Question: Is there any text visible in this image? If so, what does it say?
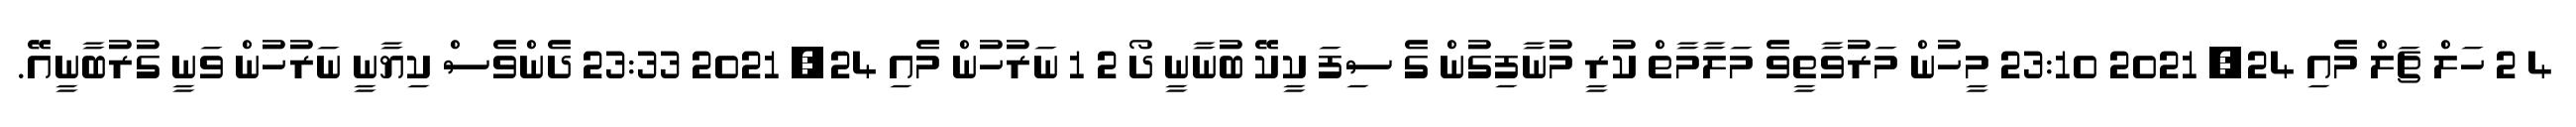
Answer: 4 2 ހަލް ޗަލް މެއި 24, 2021 23:10 މީހުން މަރުވާތީވެ މަލާމާތް ކުރީ މުނާފިގުން ގެ ސިފަ ކީކޭ ބުނާނީ ދޯ 2 1 ނަރުހުން މެއި 24, 2021 23:33 ދެންވެސް ކިޔާނީ ނަރުހުން ވަނީ ގުރުބާނީއޭ.